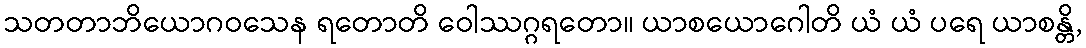
သတတာဘိယောဂဝသေန ရတောတိ ဝေါဿဂ္ဂရတော။ ယာစယောဂေါတိ ယံ ယံ ပရေ ယာစန္တိ,